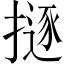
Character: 𢴊